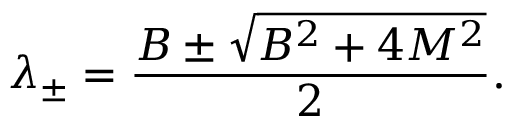
\lambda _ { \pm } = { \frac { B \pm { \sqrt { B ^ { 2 } + 4 M ^ { 2 } } } } { 2 } } { \mathrm { . } }